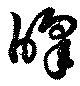
暭